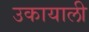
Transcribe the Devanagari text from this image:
उकायाली